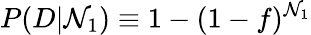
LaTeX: P(D|\mathcal{N}_{1})\equiv 1-(1-f)^{\mathcal{N}_{1}}